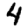
Digit: 4